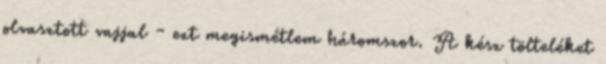
olvasztott vajjal - ezt megismétlem háromszor. A kész tölteléket